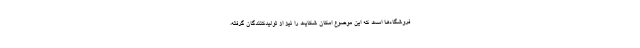
فروشگاه‌ها است که این موضوع امکان شکایت را نیز از تولیدکنندگان گرفته،